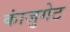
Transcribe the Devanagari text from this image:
कांजुगेट